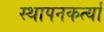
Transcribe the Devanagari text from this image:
स्थापनकर्त्या